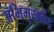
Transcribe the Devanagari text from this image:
अभिमुखकेंद्र